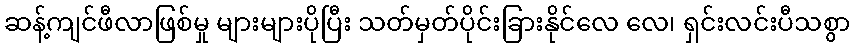
ဆန့်ကျင်ဖီလာဖြစ်မှု များများပိုပြီး သတ်မှတ်ပိုင်းခြားနိုင်လေ လေ၊ ရှင်းလင်းပီသစွာ